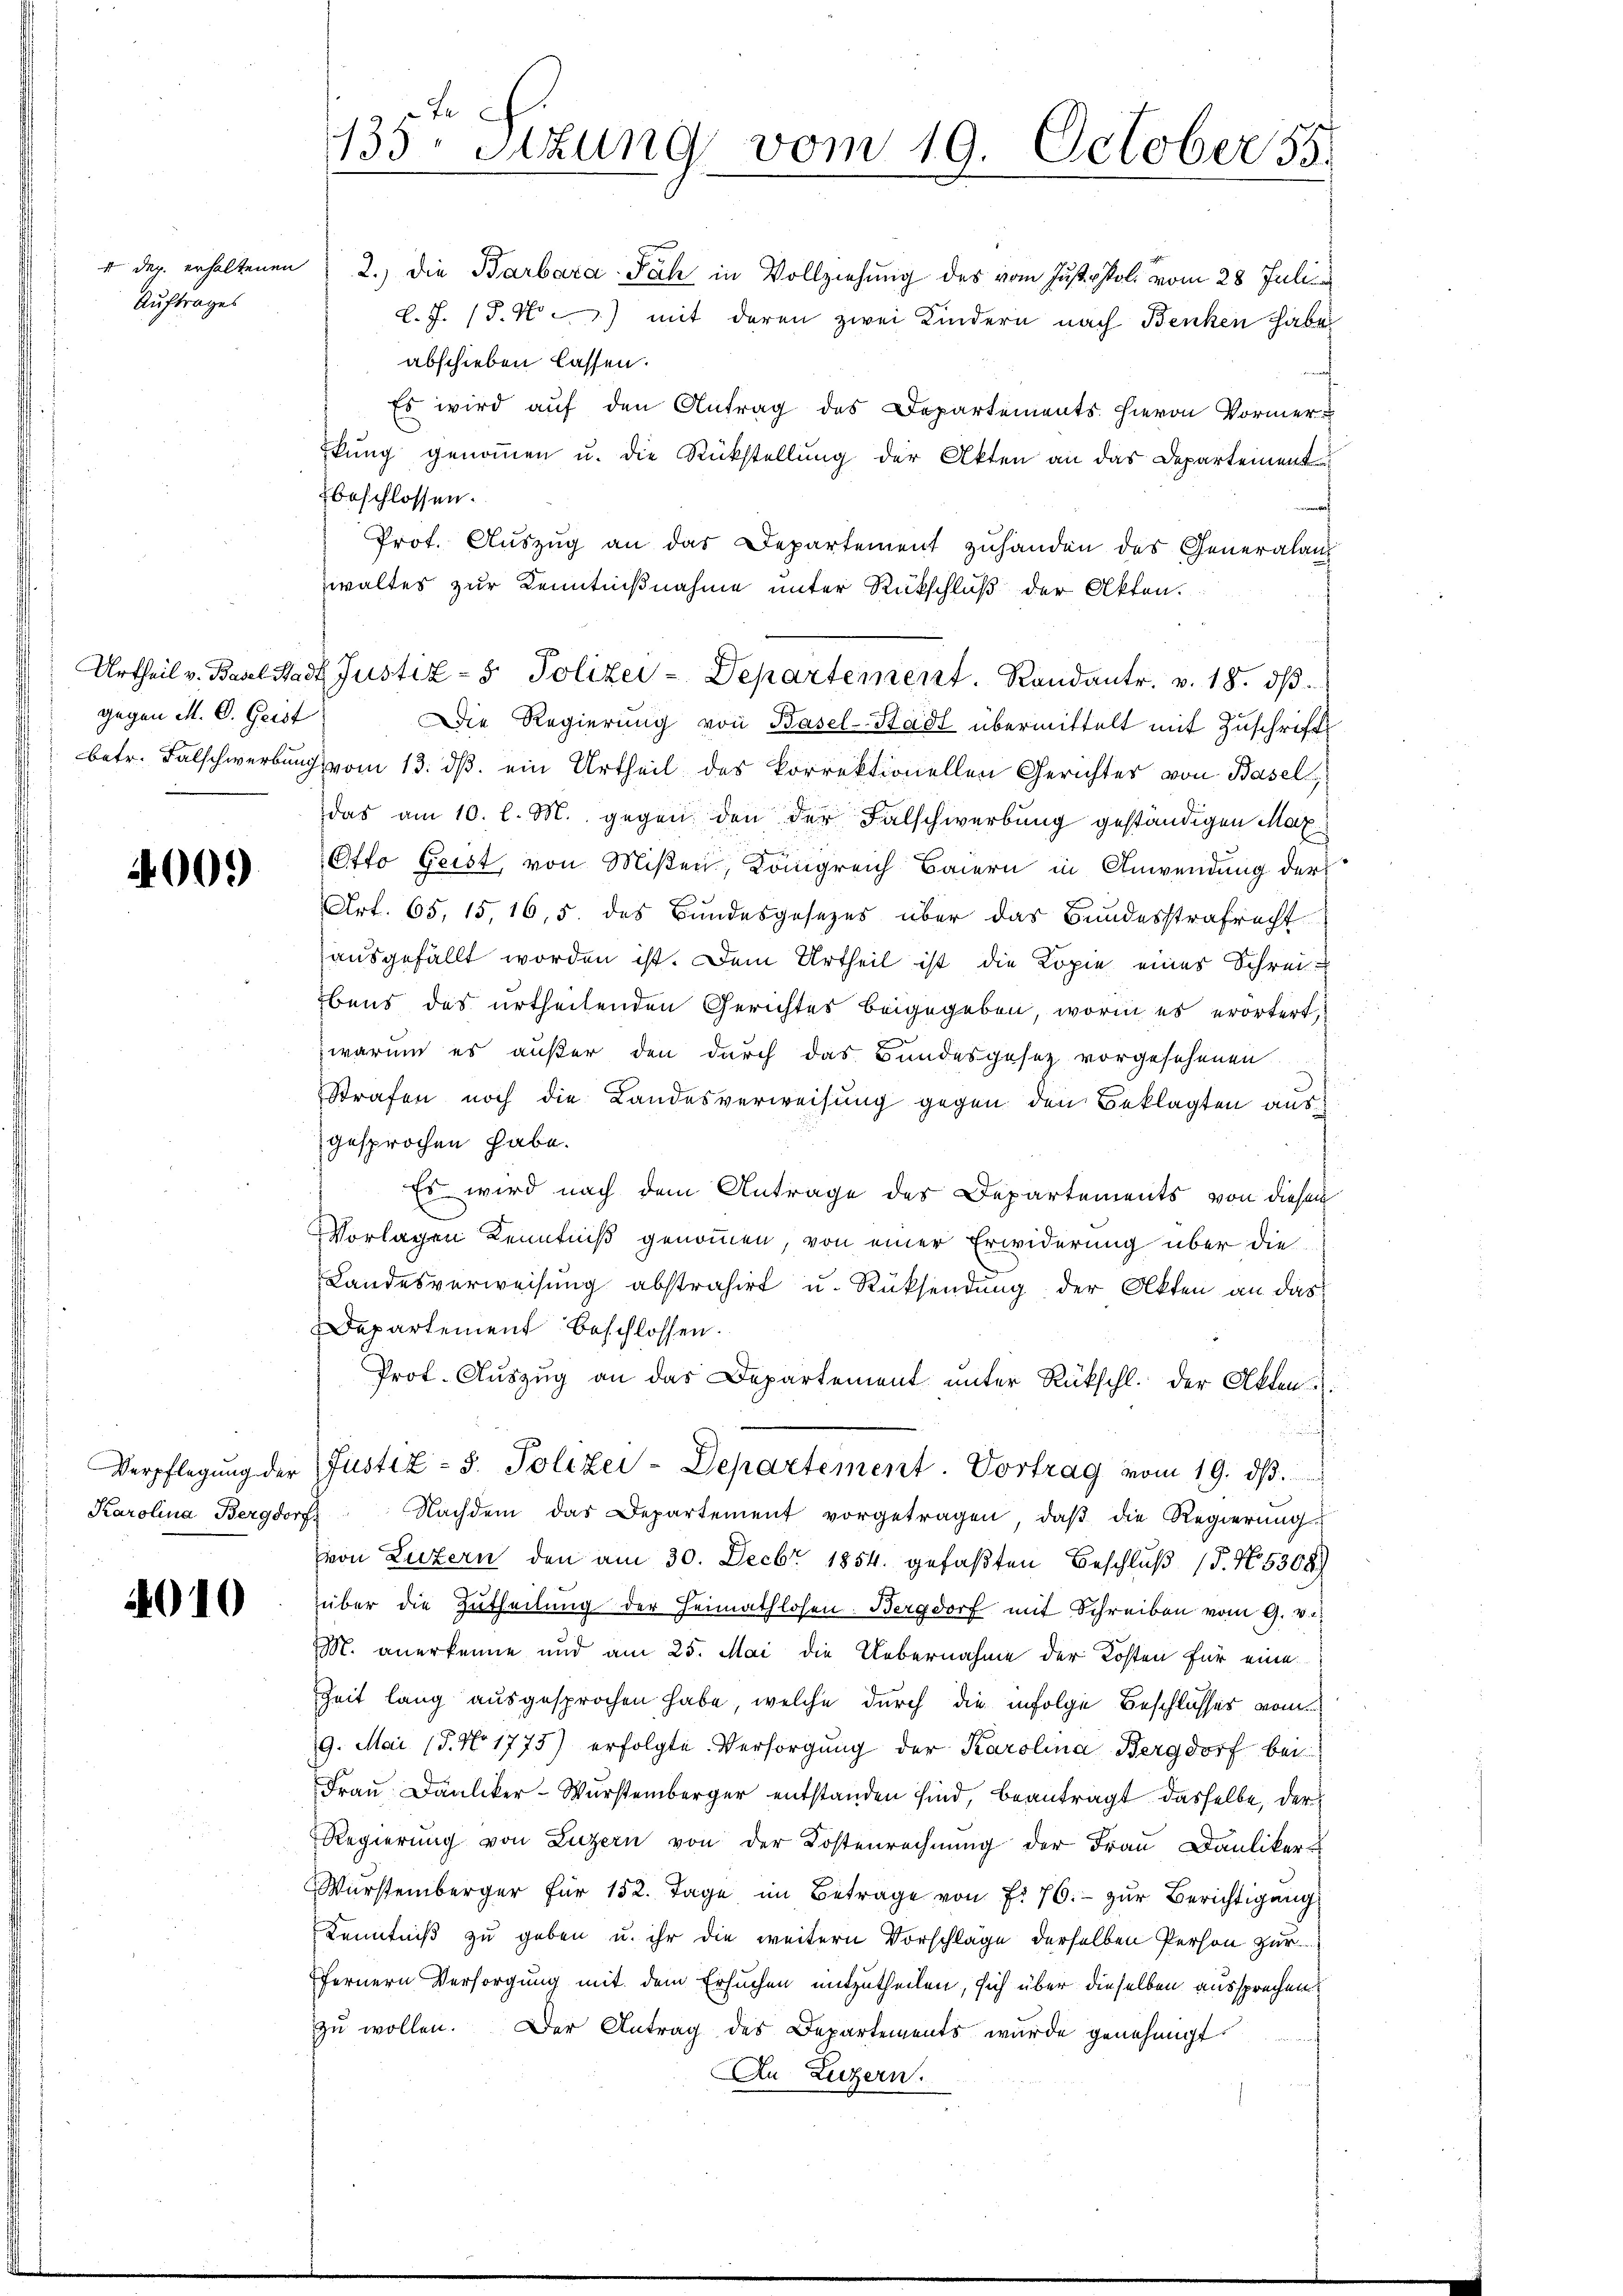
Auftrages

gegen M. D. Geist

4000

Karolina Bergdorf

4010

135. Sitzung vom 19. October 55.

4 der erhaltenen 2. die Barbara Fach in Vollziehung des vom Justi Poli vom 28 Julii
l.J. (T. N.) mit deren zwei Kindern nach Benken habe
abschieben lassen.
Es wird auf den Antrag des Departements hievon Vormer¬
Ekung genoṁen u. die Rückstellung der Akten an das Departement
beschlossen.
Prot. Auszug an das Departement zuhanden des Generalan
waltes zur Kenntnißnahme unter Rückschluß der Akten.
Die Regierung von Basel-Stadt übermittelt mit Zuschrift
betr. Falschwerbung vom 13. ds. ein Urtheil des korrektionellen Gerichtes von Basel,
das am 10. l. M. gegen den der Falschwerbung geständigen Max¬
Otto Geist, von Mißen, Königreich Baiern in Anwendung der
Art. 65, 15, 16, 5. des Bundesgesezes über das Bundesstrafrecht
ausgefällt worden ist. Dem Urtheil ist die Kopie eines Schrei-
bens des urtheilenden Gerichtes beigegeben, worin es erörtert,
warum es außer den durch das Bundesgesetz vorgesehenen
Strafen noch die Landesverweisung gegen den Beklagten ausgesprochen habe.
Es wird nach dem Antrage des Departements von diesen
Vorlagen Kenntniß genommen, von einer Erwiderung über die
Landesverweisung abstrahirt u. Rücksendung der Akten an das
Departement beschlossen.
Prot. Auszug an das Departement unter Rückschl. der Akten
n
Verpflegŭng der Justiz- & Polizei-Departement. Vortrag vom 19. dβ.
Nachdem das Departement vorgetragen, daß die Regierung
von Luzern den am 30. Decbr 1854. gefaβten Beschlŭβ (5. No. 5308)
über die Zutheilung der Heimathlosen. Bergdorf mit Schreiben vom 9. v.
M. anerkenne und am 25. Mai die Uebernahme der Kosten für eine
Zeit lang ausgesprochen habe, welche durch die infolge Beschlusses vom
19. Mai (T. No 1773) erfolgte Versorgung der Karolina Bergdorf bei
Frau Däniker-Wurstemberger entstanden sind, beantragt dasselbe, der
Regierung von Luzern von der Kostenrechnung der Frau Bauliker
Würstemberger für 152. Tage im Betrage von f. 76. zur Berichtigung
Kenntniß zu geben u. ihr die weitern Vorschläge derselben Person zur
fernern Versorgung mit dem Ersuchen mitzutheilen, sich über dieselben aussprechen
zŭ wollen. Der Antrag des Departements wurde genehmigt.
In Luzern.

Urtheil v. Basel Stadt Justiz- & Polizei-Departement. Randantr. v. 18. dβ